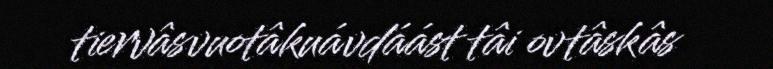
tiervâsvuotâkuávdáást tâi ovtâskâs